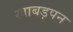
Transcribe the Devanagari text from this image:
खाबड़पन